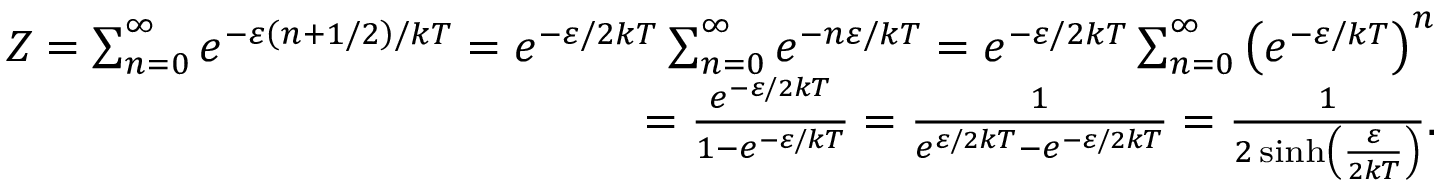
\begin{array} { r } { Z = \sum _ { n = 0 } ^ { \infty } e ^ { - \varepsilon \left( n + 1 / 2 \right) / k T } = e ^ { - \varepsilon / 2 k T } \sum _ { n = 0 } ^ { \infty } e ^ { - n \varepsilon / k T } = e ^ { - \varepsilon / 2 k T } \sum _ { n = 0 } ^ { \infty } \left( e ^ { - \varepsilon / k T } \right) ^ { n } } \\ { = { \frac { e ^ { - \varepsilon / 2 k T } } { 1 - e ^ { - \varepsilon / k T } } } = { \frac { 1 } { e ^ { \varepsilon / 2 k T } - e ^ { - \varepsilon / 2 k T } } } = { \frac { 1 } { 2 \sinh \left( { \frac { \varepsilon } { 2 k T } } \right) } } . } \end{array}